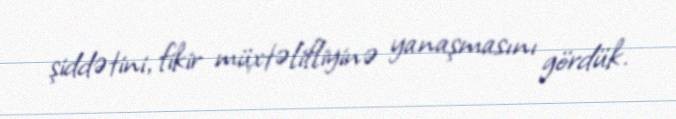
şiddətini, fikir müxtəlifliyinə yanaşmasını gördük.